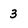
Character: 3